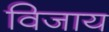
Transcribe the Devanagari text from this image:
विजाय